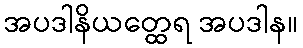
အပဒါနိယတ္ထေရ အပဒါန။